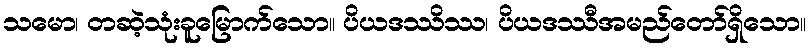
သမော၊ တဆဲ့သုံးခူမြောက်သော။ ပိယဒဿိဿ၊ ပိယဒဿီအမည်တော်ရှိသော။